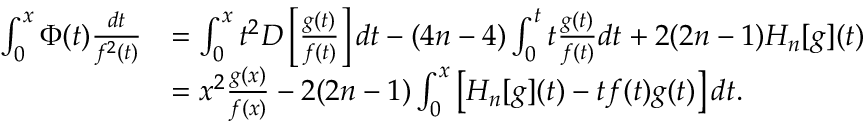
\begin{array} { r l } { \int _ { 0 } ^ { x } \Phi ( t ) \frac { d t } { f ^ { 2 } ( t ) } } & { = \int _ { 0 } ^ { x } t ^ { 2 } D \left[ \frac { g ( t ) } { f ( t ) } \right] d t - ( 4 n - 4 ) \int _ { 0 } ^ { t } t \frac { g ( t ) } { f ( t ) } d t + 2 ( 2 n - 1 ) H _ { n } [ g ] ( t ) } \\ & { = x ^ { 2 } \frac { g ( x ) } { f ( x ) } - 2 ( 2 n - 1 ) \int _ { 0 } ^ { x } \left[ H _ { n } [ g ] ( t ) - t f ( t ) g ( t ) \right] d t . } \end{array}